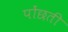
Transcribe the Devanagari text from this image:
पोंछती